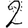
Digit: 2